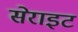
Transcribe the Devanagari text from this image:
सेराइट